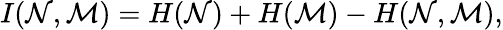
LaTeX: I(\mathcal{N},\mathcal{M})=H(\mathcal{N})+H(\mathcal{M})-H(\mathcal{N},\mathcal{M}),